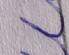
Signature authenticity: forged